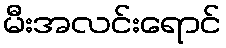
မီးအလင်းရောင်